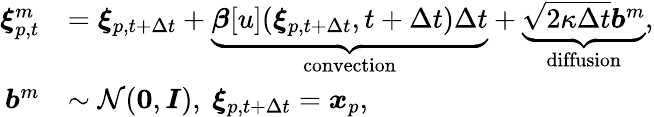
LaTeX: \begin{array}{rl}{{\boldsymbol{\xi}}_{p,t}^{m}}&{={\boldsymbol{\xi}}_{p,t+\Delta t}+\underbrace{\boldsymbol{\beta}[u](\boldsymbol{\xi}_{p,t+\Delta t},t+\Delta t)\Delta t}_{\mathrm{convection}}+\underbrace{\sqrt{2\kappa\Delta t}\boldsymbol{b}^{m}}_{\mathrm{diffusion}},}\\ {\boldsymbol{b}^{m}}&{\sim\mathcal{N}(\boldsymbol{0},\boldsymbol{I}),\ {\boldsymbol{\xi}}_{p,t+\Delta t}=\boldsymbol{x}_{p},}\end{array}